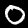
Label: 0